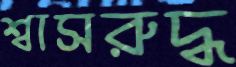
শ্বাসরুদ্ধ